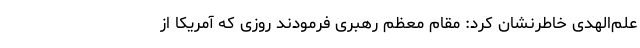
علم‌الهدی خاطرنشان کرد: مقام معظم رهبری فرمودند روزی که آمریکا از